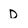
Character: D